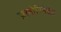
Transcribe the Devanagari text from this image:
फ़्लोरिनेटेड